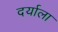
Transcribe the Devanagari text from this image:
दर्याला